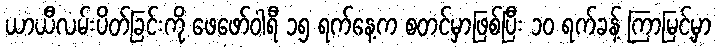
ယာယီလမ်းပိတ်ခြင်းကို ဖေဖော်ဝါရီ ၁၅ ရက်နေ့က စတင်မှာဖြစ်ပြီး ၁၀ ရက်ခန့် ကြာမြင့်မှာ